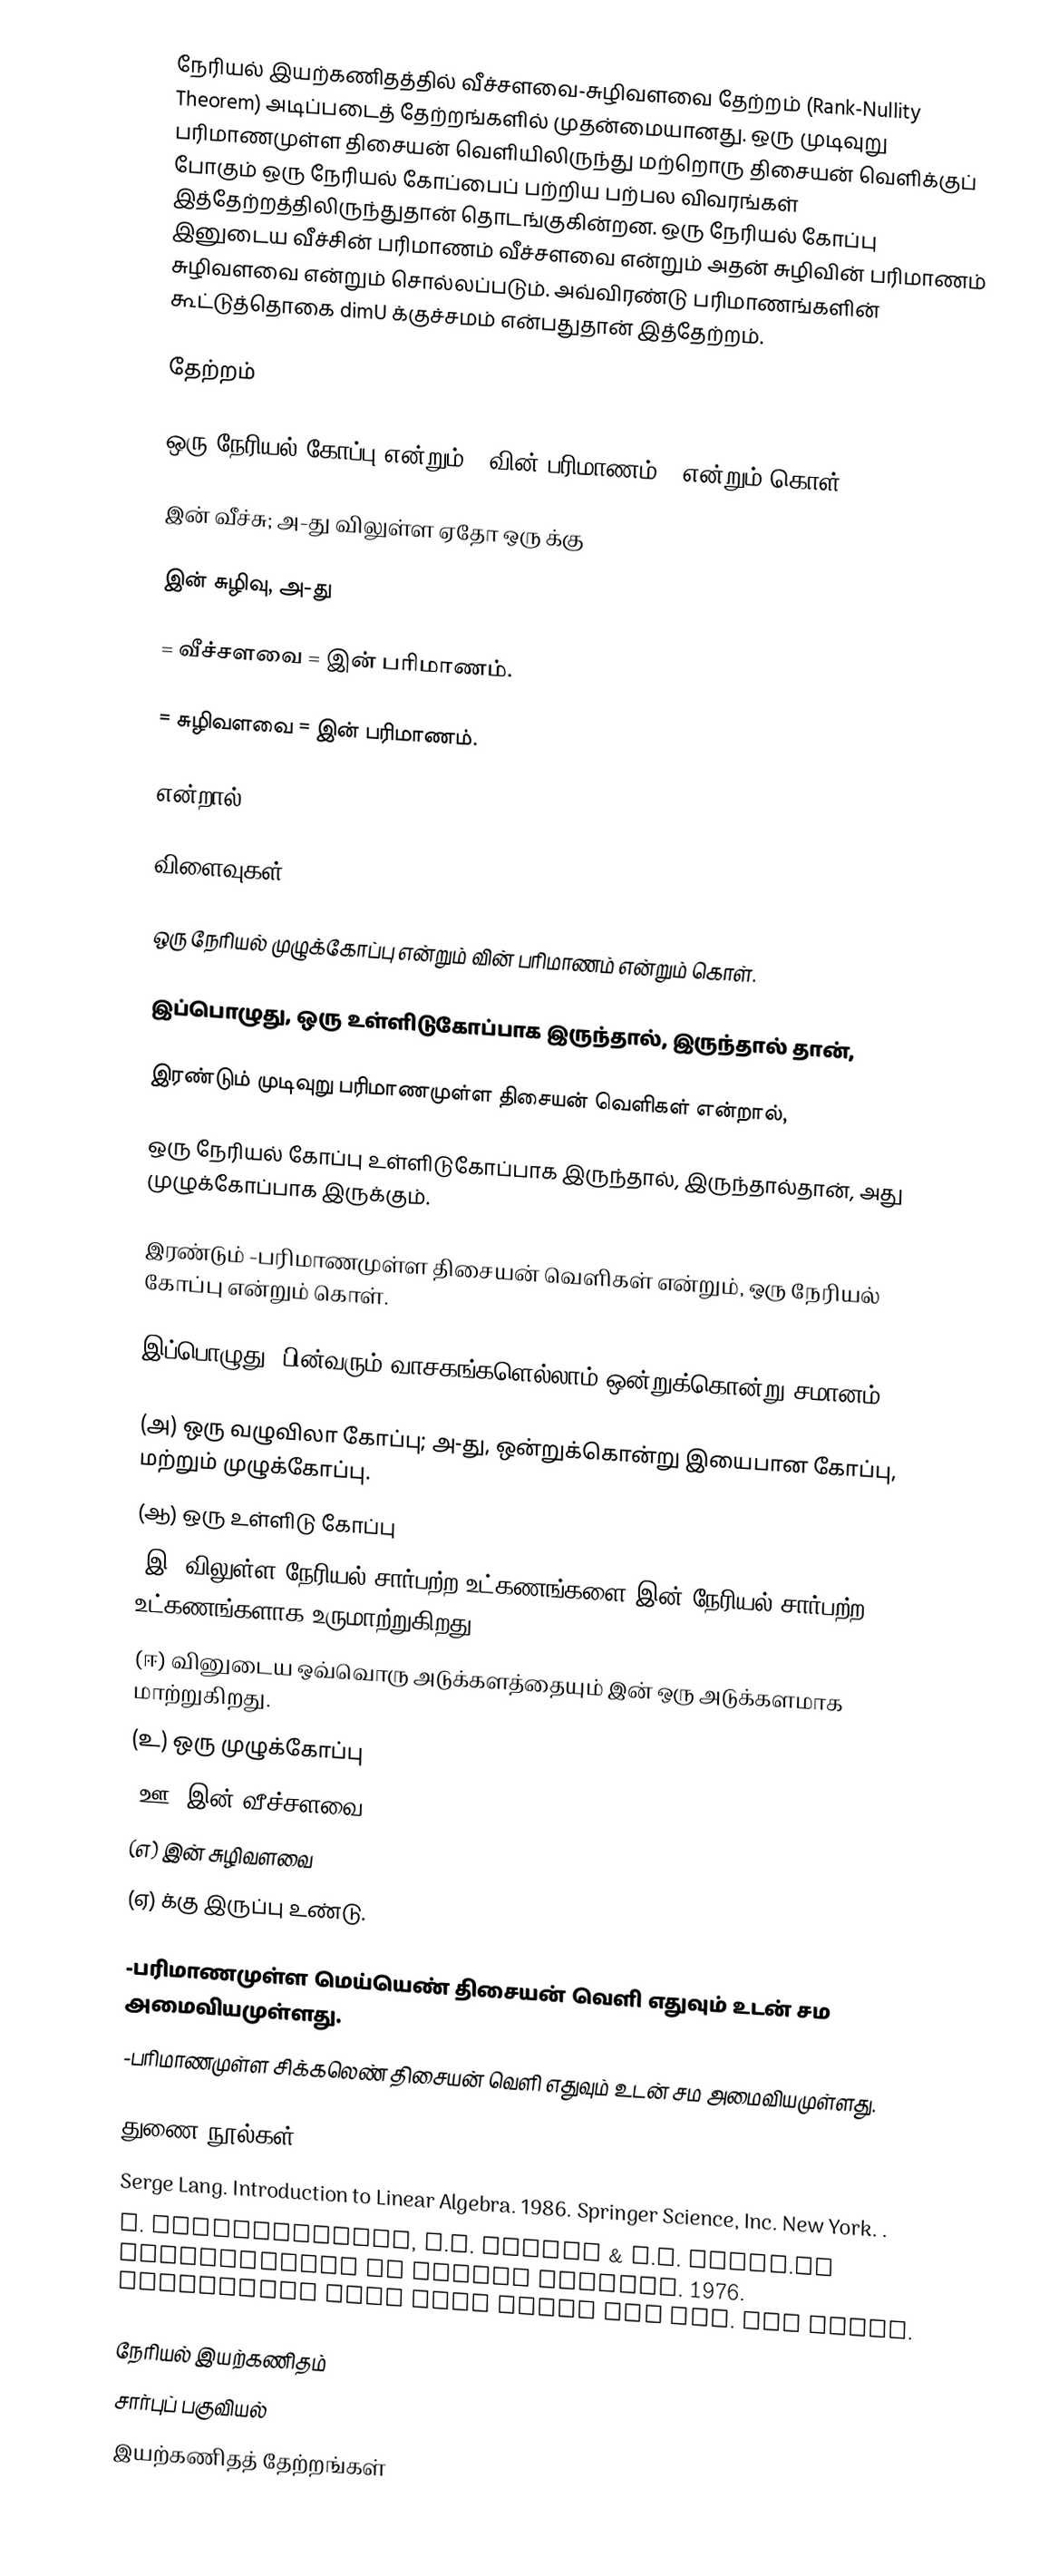
நேரியல் இயற்கணிதத்தில் வீச்சளவை-சுழிவளவை தேற்றம்  (Rank-Nullity Theorem) அடிப்படைத் தேற்றங்களில் முதன்மையானது. ஒரு முடிவுறு பரிமாணமுள்ள திசையன் வெளியிலிருந்து மற்றொரு திசையன் வெளிக்குப் போகும் ஒரு நேரியல் கோப்பைப் பற்றிய பற்பல விவரங்கள் இத்தேற்றத்திலிருந்துதான் தொடங்குகின்றன. ஒரு நேரியல் கோப்பு  இனுடைய  வீச்சின் பரிமாணம்  வீச்சளவை என்றும் அதன் சுழிவின்  பரிமாணம் சுழிவளவை என்றும் சொல்லப்படும். அவ்விரண்டு பரிமாணங்களின் கூட்டுத்தொகை  dimU க்குச்சமம் என்பதுதான் இத்தேற்றம்.

தேற்றம்

 ஒரு நேரியல் கோப்பு என்றும்  U வின் பரிமாணம்  p என்றும்  கொள்.

 இன் வீச்சு; அ-து   விலுள்ள ஏதோ ஒரு   க்கு

 இன் சுழிவு, அ-து

 = வீச்சளவை =  இன் பரிமாணம்.

 = சுழிவளவை =  இன் பரிமாணம்.

என்றால்,

விளைவுகள்

   ஒரு நேரியல் முழுக்கோப்பு என்றும்    வின் பரிமாணம்  என்றும் கொள்.

இப்பொழுது,  ஒரு உள்ளிடுகோப்பாக இருந்தால், இருந்தால் தான்,

  இரண்டும் முடிவுறு பரிமாணமுள்ள திசையன் வெளிகள் என்றால்,

 ஒரு நேரியல் கோப்பு    உள்ளிடுகோப்பாக இருந்தால், இருந்தால்தான், அது முழுக்கோப்பாக இருக்கும்.

  இரண்டும் -பரிமாணமுள்ள  திசையன் வெளிகள் என்றும்,  ஒரு நேரியல் கோப்பு என்றும் கொள்.

இப்பொழுது, பின்வரும் வாசகங்களெல்லாம் ஒன்றுக்கொன்று சமானம்:

 (அ)   ஒரு வழுவிலா கோப்பு; அ-து, ஒன்றுக்கொன்று இயைபான கோப்பு, மற்றும் முழுக்கோப்பு.
 (ஆ)   ஒரு உள்ளிடு கோப்பு
 (இ)   விலுள்ள நேரியல் சார்பற்ற உட்கணங்களை  இன் நேரியல் சார்பற்ற உட்கணங்களாக உருமாற்றுகிறது.
 (ஈ)    வினுடைய ஒவ்வொரு அடுக்களத்தையும்   இன் ஒரு அடுக்களமாக மாற்றுகிறது.
 (உ)   ஒரு முழுக்கோப்பு
 (ஊ)   இன் வீச்சளவை
 (எ)    இன் சுழிவளவை
 (ஏ)    க்கு இருப்பு உண்டு.

 -பரிமாணமுள்ள மெய்யெண் திசையன் வெளி எதுவும்   உடன் சம அமைவியமுள்ளது.
 -பரிமாணமுள்ள சிக்கலெண் திசையன் வெளி எதுவும்  உடன் சம அமைவியமுள்ளது.

துணை நூல்கள்
 Serge Lang. Introduction to Linear Algebra. 1986. Springer Science, Inc. New York. .
 V. Krishnamurthy, V.P. Mainra & J.L. Arora.An Introduction to Linear Algebra. 1976. Affiliated East West Press PVT Ltd. New Delhi.

நேரியல் இயற்கணிதம்
சார்புப் பகுவியல்
இயற்கணிதத் தேற்றங்கள்